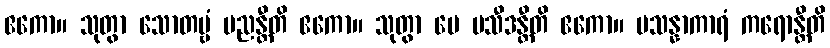
ဧကော။ သုတွာ သောတဗ္ဗံ မညန္တီတိ ဧကော။ သုတွာ မေ ပသီဒန္တီတိ ဧကော။ ပသန္နာကာရံ ကရောန္တီတိ